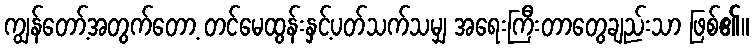
ကျွန်တော့်အတွက်တော့ တင်မေထွန်းနှင့်ပတ်သက်သမျှ အရေးကြီးတာတွေချည်းသာ ဖြစ်၏။